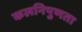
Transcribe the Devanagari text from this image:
कलनिपुणता